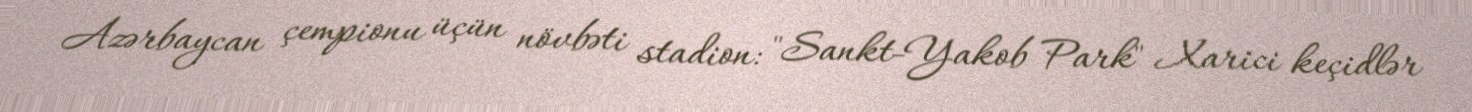
Azərbaycan çempionu üçün növbəti stadion: "Sankt-Yakob Park" Xarici keçidlər